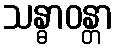
သန္ဓာဝန္တာ